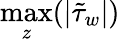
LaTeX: \operatorname*{max}_{z}(|\tilde{\tau}_{w}|)